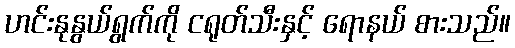
ဟင်းနုနွယ်ရွက်ကို ငရုတ်သီးနှင့် ရောနယ် စားသည်။